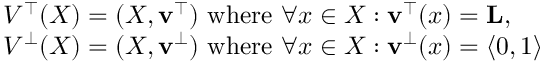
\begin{array} { r l } & { V ^ { \top } ( X ) = ( X , \mathbf { v ^ { \top } } ) \mathrm { ~ w h e r e ~ } \forall x \in X : \mathbf { v ^ { \top } } ( x ) = \mathbf { L } , } \\ & { V ^ { \bot } ( X ) = ( X , \mathbf { v ^ { \bot } } ) \mathrm { ~ w h e r e ~ } \forall x \in X : \mathbf { v ^ { \bot } } ( x ) = \langle 0 , 1 \rangle } \end{array}